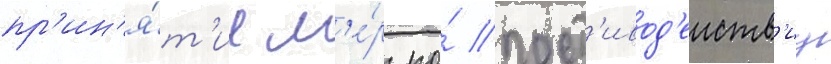
пр'ин'я́т'ие м'е́р по́ прот'ивод'еиств'иу